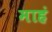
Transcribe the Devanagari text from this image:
माहं